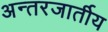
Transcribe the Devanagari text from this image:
अन्तरजार्तीय